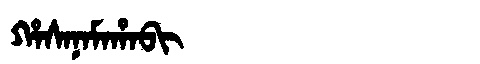
Manchu: ᡥᠠᠰᠠᠨᠠᠮᠠᡥᠠᠪᡳ
Romanization: HASANAMAHABI